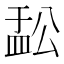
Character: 𬐟